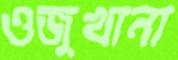
ওজুখানা